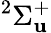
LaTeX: ^{2}\Sigma_{\mathbf{u}}^{+}